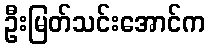
ဦးမြတ်သင်းအောင်က